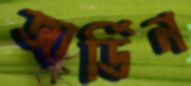
জার্ডিন